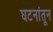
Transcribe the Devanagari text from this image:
घटनांतून